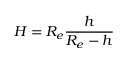
H = R _ { e } \frac { h } { R _ { e } - h }